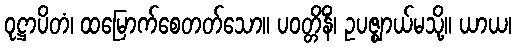
ဝုဋ္ဌာပိတံ၊ ထမြောက်စေတတ်သော။ ပဝတ္တိနိံ၊ ဥပဇ္ဈာယ်မသို့။ ယာယ၊